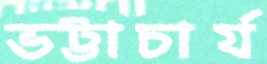
ভট্টাচার্য